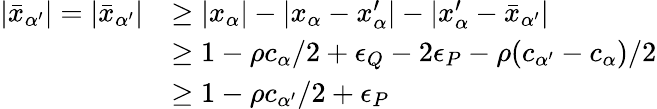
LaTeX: \begin{array}{rl}{|\bar{x}_{\alpha^{\prime}}|=|\bar{x}_{\alpha^{\prime}}|}&{\geq|x_{\alpha}|-|x_{\alpha}-x_{\alpha}^{\prime}|-|x_{\alpha}^{\prime}-\bar{x}_{\alpha^{\prime}}|}\\ &{\geq 1-\rho c_{\alpha}/2+\epsilon_{Q}-2\epsilon_{P}-\rho(c_{\alpha^{\prime}}-c_{\alpha})/2}\\ &{\geq 1-\rho c_{\alpha^{\prime}}/2+\epsilon_{P}}\end{array}